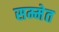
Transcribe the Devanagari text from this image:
सम्मेत